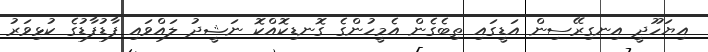
އިޔަހޫދީ އިނގިރޭސިން އަޑީގައި ތިބެގެން އެމީހުންގެ ގޮނޑިކޮއްކޮ ނަޝީދު ލައްވައި ފާޑުފާޑުގެ ކުޅިވަރު